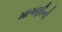
માગણીની